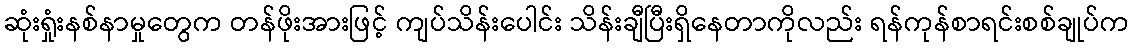
ဆုံးရှုံးနစ်နာမှုတွေက တန်ဖိုးအားဖြင့် ကျပ်သိန်းပေါင်း သိန်းချီပြီးရှိနေတာကိုလည်း ရန်ကုန်စာရင်းစစ်ချုပ်က